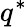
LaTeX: q^{*}